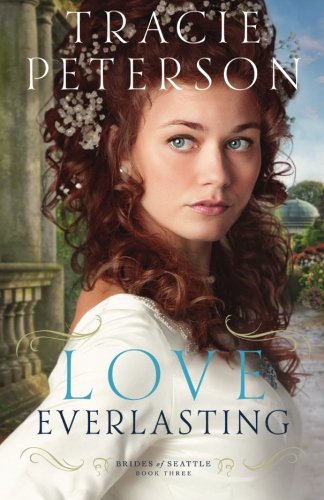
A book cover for Love Everlasting (Brides of Seattle); Tracie Peterson; Romance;